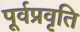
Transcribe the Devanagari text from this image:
पूर्वप्रवृति